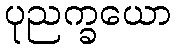
ပုညက္ခယော